Vana-Kasaritsa_(Kasaritsa)_vallavalitsus, lk 33
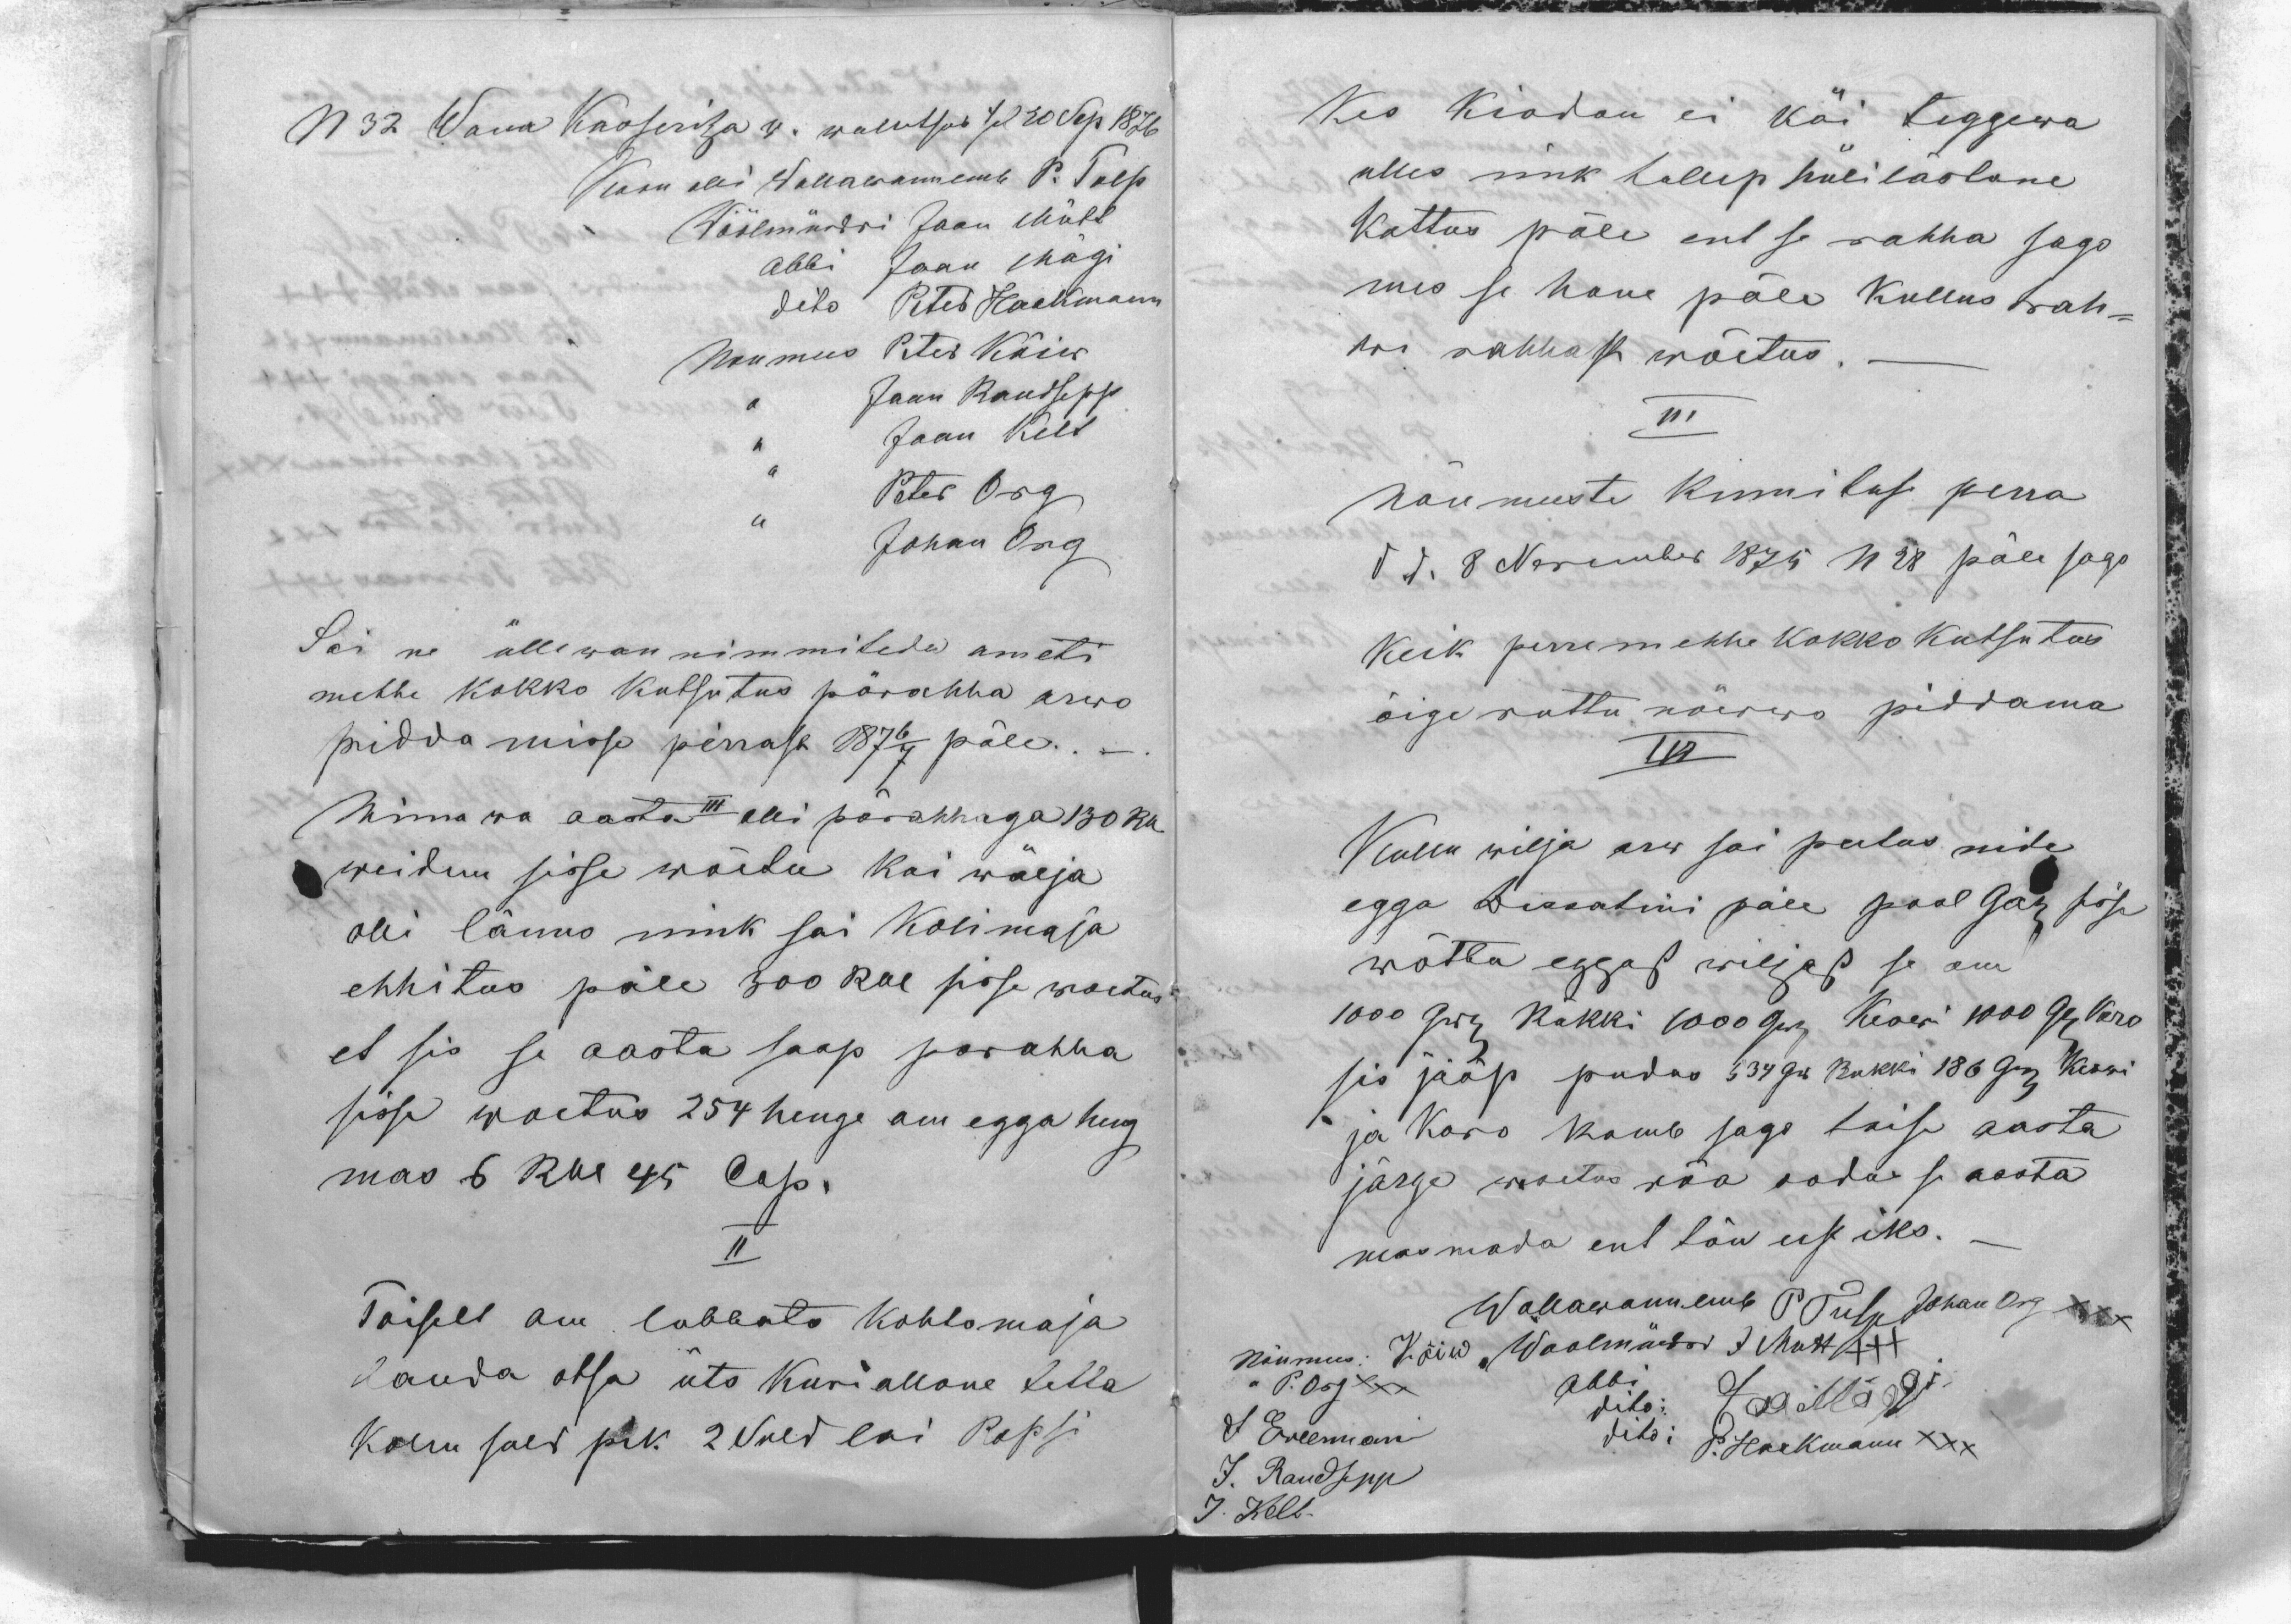
N 32 Wana Kasseritza w. wallitsus sel 30 Sep 1876
Koon olli Wallawannemb P. Tulp
Wöölmündri Jaan Mütt
abbi Jaan Mägi
dito Peter Hackmann
Noumees Peter Kõiw
,, Jaan Raudsepp
,, Jaan Kelt
Peter Org
,, Johan Org
Sai ne üllewan nimmitedu ameti
mehhe kokko kutsutus pärahha arwo
piddamisse perrast 1876/7 päle.
Minnewa aasta III olli pärahhaga 130 Rb
weidem sisse wõetu kui wälja
olli länno nink sai Kolimaja
ehhitus päle 300 Rbl sisse woetus
et sis se aasta saap parahha
sisse woetus 254 henge om egga heng
mas 6 Rbl 45 Cop.
II
Toiselt om lubbato kohtomaja
Lauda otsa üts kuriallone tetta
kolm suld pik 2 Suld lai Popsi

kes kiodan ei käi teggewa
ulles nink tullep hülilastane
kattus päle ent se rahha sago
mes se hone päle kullus trah-
wi rahhast wõetus.
III
Nõumeeste kinnituse perra
d d. 8 November 1875 N 28 päle sago
keik perremehhe kokko kutsutus
õige ruttu nõwwo piddama
IV
Kullu wilja arw sai peetus nide
egga Dessatini päle pool Gar sisse
wõtta eggast wiljast se oma
1000 Grj Rükki 1000 Grj Keswi 1000 Grj Karo
sis jääp pudus 534 Gr Rukki 186 Grj Keswi
ja karo kamb sago toise aasta
järge woetus rõa oodas se aasta
masmada ent tõu eest iks.
Wallawannemb P. Tulp
Johan Org XXX
Nõumees: Kõiw
Woolmündri J Mutt XXX
,, P. Org XXX
Abbi : Jaa Mäggi
J. Erleman
dito P. Hackmann XXX
J. Raudsepp
J. Kelt